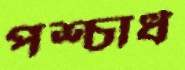
পশ্চার্ধ